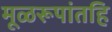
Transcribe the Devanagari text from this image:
मूळरूपांतहि